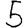
Digit: 5